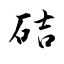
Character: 硈